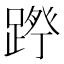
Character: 𮛷